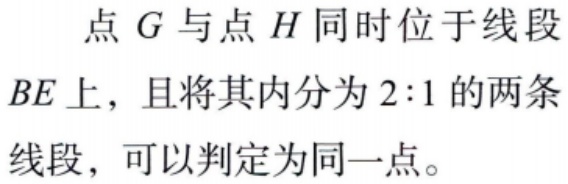
点 \(G\) 与点 \(H\) 同时位于线段 \(BE\) 上，且将其内分为 \(2:1\) 的两条线段，可以判定为同一点。